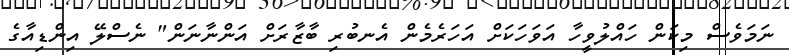
ނަމަވެސް މިކަން ހައްލުވީހާ އަވަހަކަށް އަހަރެމެން އެނބުރި ބާޒާރަށް އަންނާނަން" ނެސްލޭ އިންޑިއާގެ